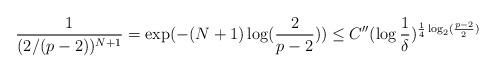
LaTeX: \begin{align*}\frac{1}{(2/(p - 2))^{N + 1}} = \exp(-(N + 1)\log(\frac{2}{p - 2})) \leq C''(\log\frac{1}{\delta})^{\frac{1}{4}\log_{2}(\frac{p - 2}{2})}\end{align*}